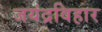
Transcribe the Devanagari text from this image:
जयंद्रविहार